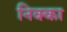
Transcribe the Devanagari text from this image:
निक्का